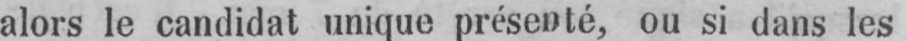
alors le candidat unique présenté, ou si dans les